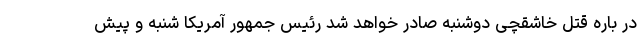
در باره قتل خاشقچی دوشنبه صادر خواهد شد رئیس جمهور آمریکا شنبه و پیش